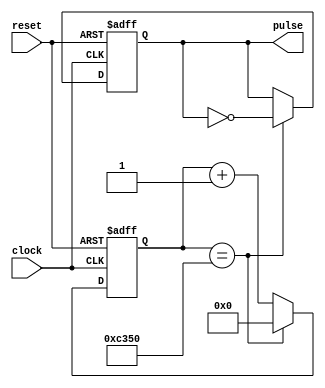
module AsyncPulseGenerator (
  input clock,
  input reset,
  output reg pulse
);

reg [15:0] counter;

always @(posedge clock or posedge reset) begin
  if (reset) begin
    counter <= 0;
    pulse <= 0;
  end else begin
    if (counter == 16'd50000) begin
      counter <= 0;
      pulse <= !pulse;
    end else begin
      counter <= counter + 1;
    end
  end
end

endmodule